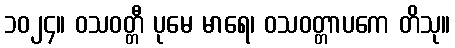
၁၀၂၄။ ဝသဝတ္တီ ပုမေ မာရေ၊ ဝသဝတ္တာပကေ တိသု။